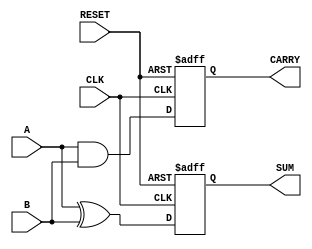
module sequential_half_adder (
    input wire CLK,          // Clock input
    input wire RESET,        // Asynchronous reset
    input wire A,           // First input bit
    input wire B,           // Second input bit
    output reg SUM,         // Output sum
    output reg CARRY        // Output carry
);
    
    // Intermediate signals for sum and carry
    wire next_sum;
    wire next_carry;

    // Calculate the next sum and carry based on current inputs
    assign next_sum = A ^ B;       // SUM = A XOR B
    assign next_carry = A & B;     // CARRY = A AND B

    // Sequential logic: update state on the rising edge of CLK
    always @(posedge CLK or posedge RESET) begin
        if (RESET) begin
            SUM <= 1'b0;           // Reset SUM to 0
            CARRY <= 1'b0;         // Reset CARRY to 0
        end else begin
            SUM <= next_sum;       // Store the computed sum
            CARRY <= next_carry;   // Store the computed carry
        end
    end
endmodule